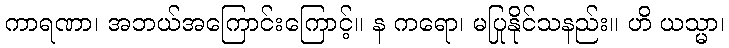
ကာရဏာ၊ အဘယ်အကြောင်းကြောင့်။ န ကရော၊ မပြုနိုင်သနည်း။ ဟိ ယသ္မာ၊